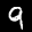
Label: 9